Annual report on the lock hospitals of the Madras Presidency
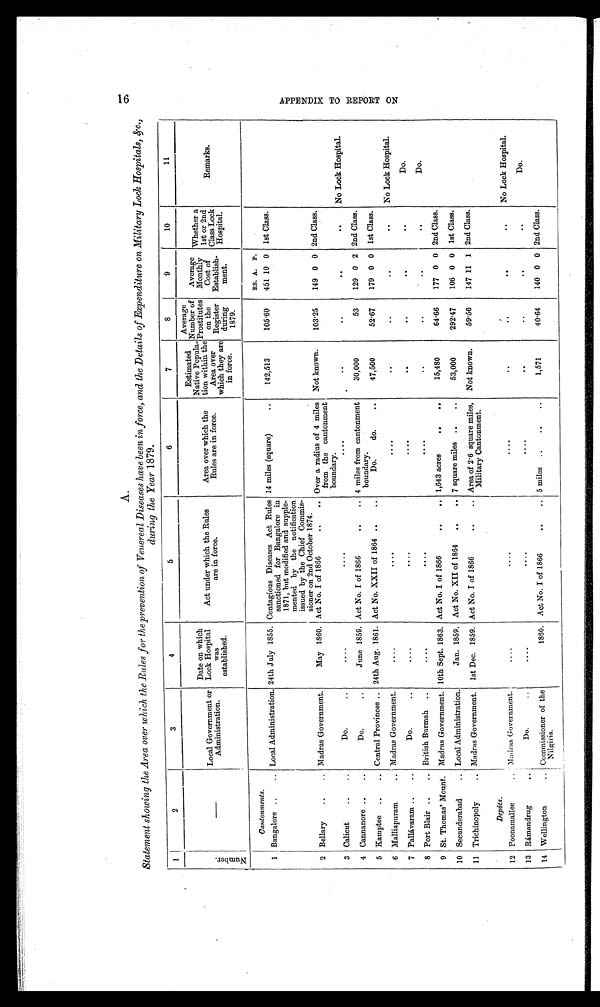
A.
Statement showing the Area over which the Rules for the prevention of Venereal Diseases have been in force, and the Details of Expenditure on Military Lock Hospitals, &amp;c.,
during the Year 1879 .
1
2
3
4
5
6
7
8
9
10
11
N u m b e r .
—
Local Government or
Administration.
Date on whic
h Lock Hospital
was
established.
Act under which the Rules
are in force.
Area over which the
Rules are in force.
Estimated
Native Popula-
tion within the
Area over
which they are
in force.
Average
Number of
Prostitutes
on the
Registe
r during
1879.
Average
Monthly
Cost of
Establish-
ment.
Whether a
1st or 2nd
Class Lock
Hospital.
Remarks.
Cantonments.
RS. A. P.
1 Bangalore ..
.. Local Administration. 24th July 1855. Contagious Diseases Act Rules
sanctioned for Bangalore in
1871, but modified and supple-
mented by the notification
issued by the Chief Commis-
sioner on 2nd October 1874.
14 miles (square)
..
142,513
105.60
451 10 0 1st Class.
2 Bellary
.. ..
Madras Government.
May 1860. Act No. I of 1866
..
.. Over a radius of 4 miles
from the cantonment
boundary.
Not known.
103.25
149 0 0 2nd Class.
3 Calicut
..
..
Do.
..
....
....
....
.. .. ..
..
..
..
No Lock Hospital.
4 Cannanore ..
..
Do.
..
June 1859. Act No. I of 1866
..
.. 4 miles from cantonment
boundary.
30,000
53
129 0 2 2nd Class.
5 Kamptee ..
.. Central Provinces .. 24th Aug. 1861. Act No. XXII of 1864 ..
..
Do.
do.
..
47,500
52.67
179 0 0 1st Class.
6 Malliapuram
.. Madras Government.
.... .... ....
..
..
.. .. .. ..
No Lock Hospital.
7 Pallávaram ..
..
Do.
..
.... .... ....
.. .. .. .. .. ..
Do.
8 Port Blair ..
.. British Burmah ..
.. .. .. .. .. .. ..
..
..
..
.. ..
Do.
9 St. Thomas' Mount. Madras Government. 10th Sept. 1863. Act No. I of 1866
..
.. 1,643 acres
..
..
15,480
64.66
177 0 0 2nd Class.
10 Secunderabad
.. Local Administration.
Jan. 1859. Act No. XII of 1864 ..
.. 7 square miles ..
..
53,000
292.47
106 0 0 1st Class.
11 Trichinopoly
.. Madras Government. 1st Dec. 1859. Act No. I of 1866
..
.. Area of 2.6 square miles,
Military Cantonment.
Not known.
59.56
147 11 1 2nd Class.
Depôts.
12 Poonamallee
..
Madras Government.
....
.. ..
....
..
.. .. .. ..
..
No Lock Hospital.
13 Rámandrug
..
Do.
..
....
.... ....
..
..
.. .. .. ..
Do.
14 Wellington
.. Commissioner of the
Nilgiris.
1860. Act No. I of 1866
..
.. 5 miles ..
..
..
1,571
40.64
140 0 0 2nd Class.
A P P E N D I X T O R E P O R T O N